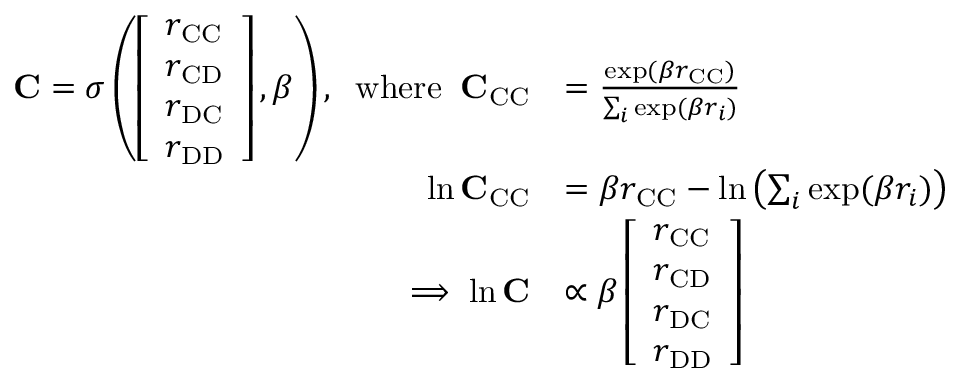
\begin{array} { r l } { \mathbf { C } = \sigma \left( \left[ \begin{array} { l } { r _ { \mathrm { C C } } } \\ { r _ { \mathrm { C D } } } \\ { r _ { \mathrm { D C } } } \\ { r _ { \mathrm { D D } } } \end{array} \right] , \beta \right) , \; \; \mathrm { w h e r e } \; \; \mathbf { C } _ { \mathrm { C C } } } & { = \frac { \exp ( \beta r _ { \mathrm { C C } } ) } { \sum _ { i } \exp ( \beta r _ { i } ) } } \\ { \ln \mathbf { C } _ { \mathrm { C C } } } & { = \beta r _ { \mathrm { C C } } - \ln \left( \sum _ { i } \exp ( \beta r _ { i } ) \right) } \\ { \implies \ln \mathbf { C } } & { \propto \beta \left[ \begin{array} { l } { r _ { \mathrm { C C } } } \\ { r _ { \mathrm { C D } } } \\ { r _ { \mathrm { D C } } } \\ { r _ { \mathrm { D D } } } \end{array} \right] } \end{array}